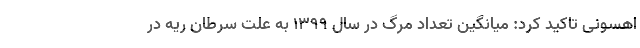
اهسونی تاکید کرد: میانگین تعداد مرگ در سال ۱۳۹۹ به علت سرطان ریه در